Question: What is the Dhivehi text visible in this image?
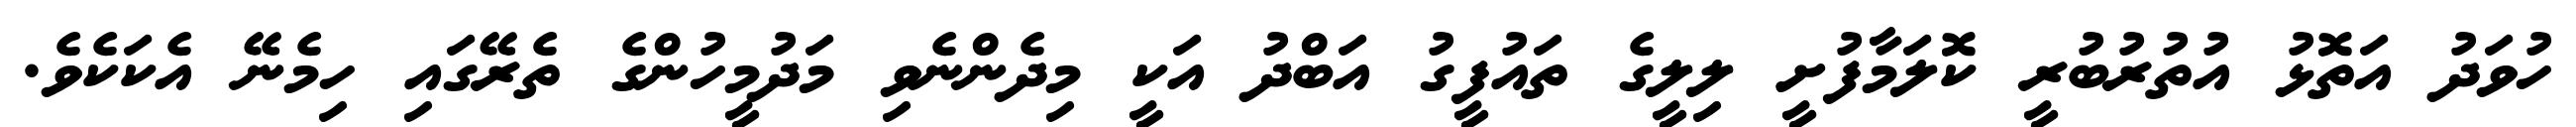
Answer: ހުވަދު އަތޮޅު އުތުރުބުރީ ކޮލަމާފުށީ ލިލީގެ ތައުފީގު އަބްދު އަކީ މިދެންނެވި މަދުމީހުންގެ ތެރޭގައި ހިމެނޭ އެކަކެވެ.